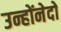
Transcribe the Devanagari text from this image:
उन्होंनेदो